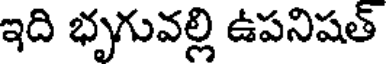
ఇది భృగువల్లి ఉపనిషత్